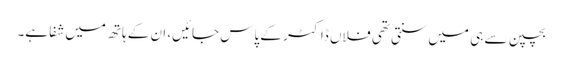
بچپن سے ہی میں‌سنتی تھی فلاں ڈاکٹر کے پاس جائیں‌، ان کے ہاتھ میں‌شفا ہے۔